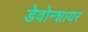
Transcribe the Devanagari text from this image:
डेवोन्शायर